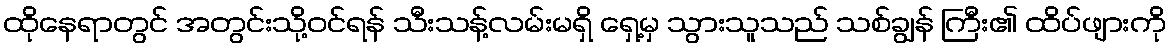
ထိုနေရာတွင် အတွင်းသို့ဝင်ရန် သီးသန့်လမ်းမရှိ ရှေ့မှ သွားသူသည် သစ်ချွန် ကြီး၏ ထိပ်ဖျားကို